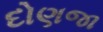
દોણજા